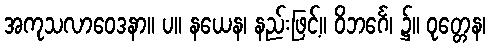
အကုသလာဝေဒနာ။ ပ။ နယေန၊ နည်းဖြင့်။ ဝိဘင်္ဂေ၊ ၌။ ဝုတ္တေန၊